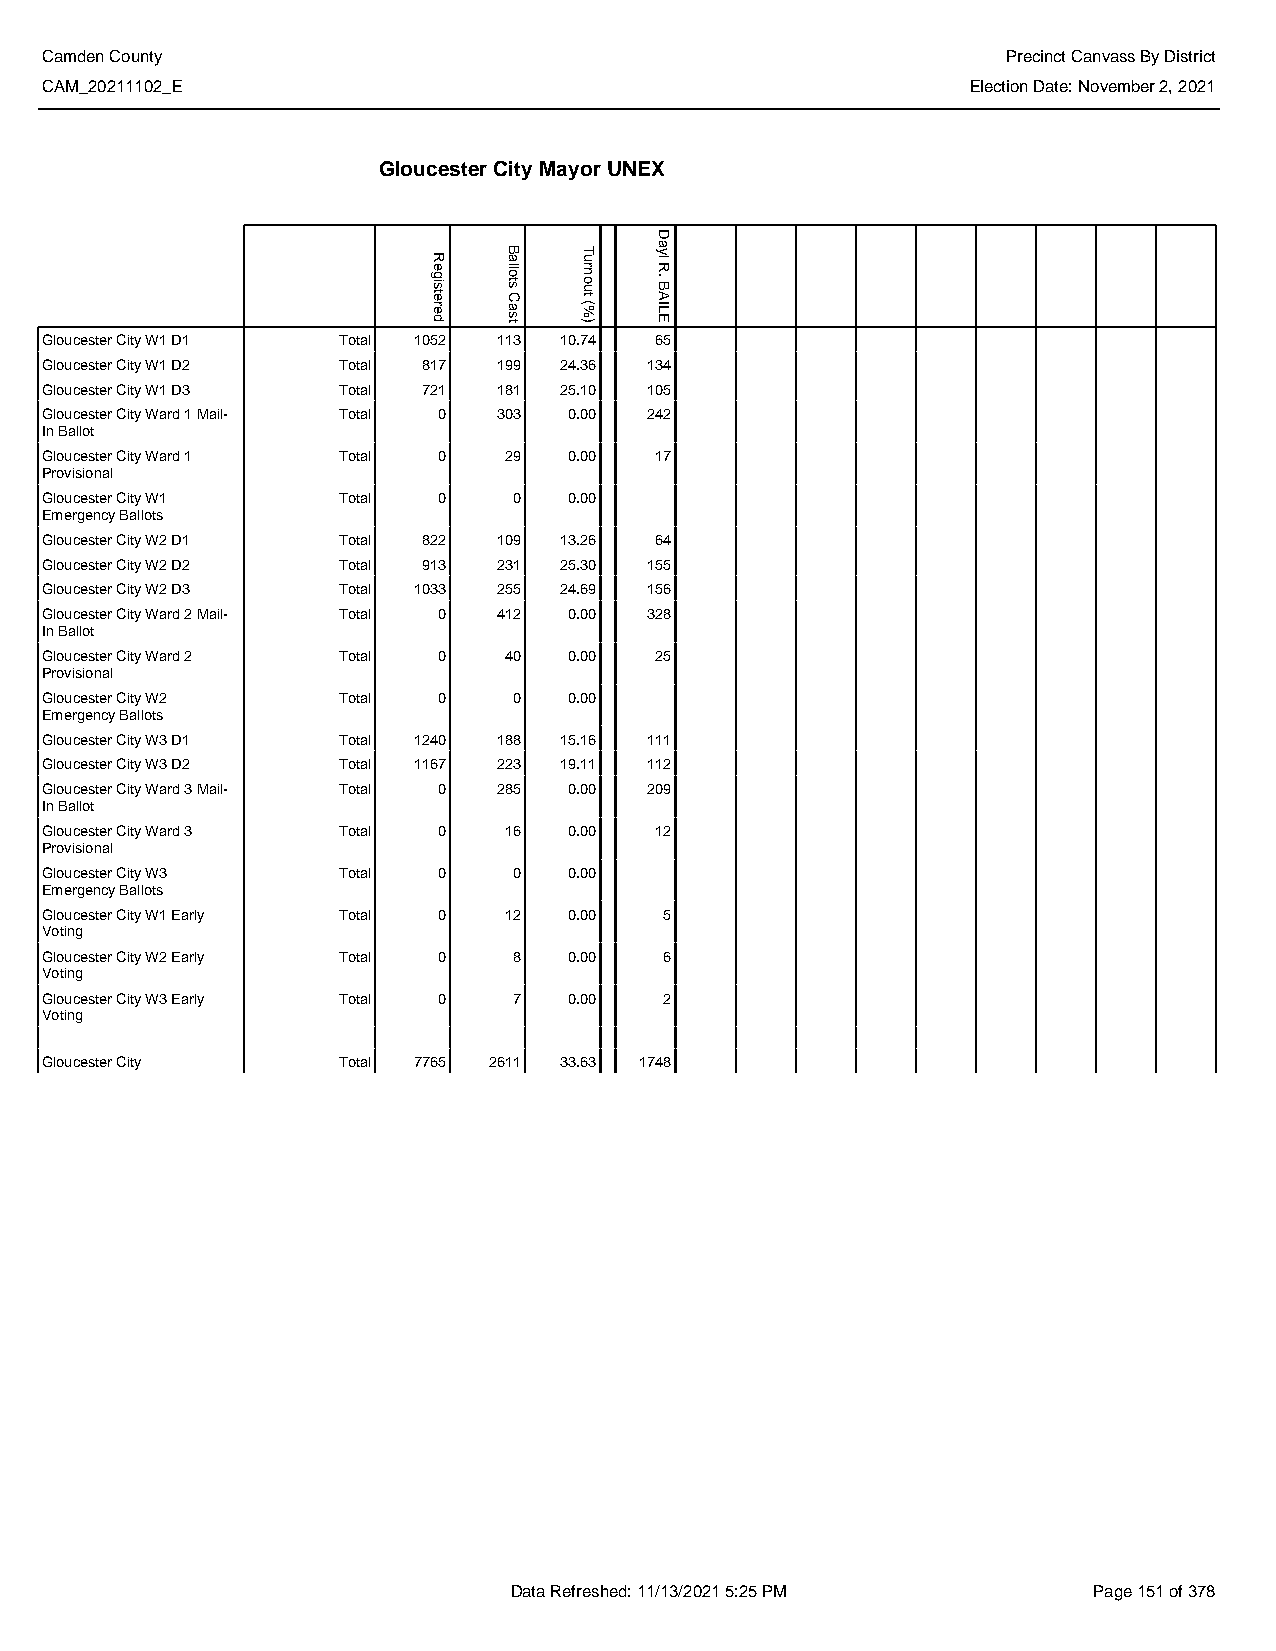
Camden County                                                   Precinct Canvass By District
 CAM_20211102_E                                               Election Date: November 2, 2021
 Gloucester City Mayor UNEX
 Gloucester City W1 D1 Total 1052 113 10.74 65
 Gloucester City W1 D2 Total 817 199 24.36 134
 Gloucester City W1 D3 Total 721 181 25.10 105
 Gloucester City Ward 1 Mail- Total 0 303 0.00 242
 In Ballot
 Gloucester City Ward 1 Total 0 29  0.00 17
 Provisional
 Gloucester City W1 Total  0    0   0.00
 Emergency Ballots
 Gloucester City W2 D1 Total 822 109 13.26 64
 Gloucester City W2 D2 Total 913 231 25.30 155
 Gloucester City W2 D3 Total 1033 255 24.69 156
 Gloucester City Ward 2 Mail- Total 0 412 0.00 328
 In Ballot
 Gloucester City Ward 2 Total 0 40  0.00 25
 Provisional
 Gloucester City W2 Total  0    0   0.00
 Emergency Ballots
 Gloucester City W3 D1 Total 1240 188 15.16 111
 Gloucester City W3 D2 Total 1167 223 19.11 112
 Gloucester City Ward 3 Mail- Total 0 285 0.00 209
 In Ballot
 Gloucester City Ward 3 Total 0 16  0.00 12
 Provisional
 Gloucester City W3 Total  0    0   0.00
 Emergency Ballots
 Gloucester City W1 Early Total 0 12 0.00 5
 Voting
 Gloucester City W2 Early Total 0 8 0.00  6
 Voting
 Gloucester City W3 Early Total 0 7 0.00  2
 Voting
 Gloucester City    Total 7765 2611 33.63 1748
 Data Refreshed: 11/13/2021 5:25 PM    Page 151 of 378
 Registered
 Ballots
 Cast
 Turnout
 (%)
 Dayl
 R.
 BAILE